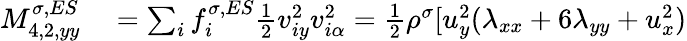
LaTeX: \begin{array}{r}{\begin{array}{rl}{M_{4,2,yy}^{\sigma,ES}}&{{}=\sum_{i}f_{i}^{\sigma,ES}\frac{1}{2}v_{iy}^{2}v_{i\alpha}^{2}=\frac{1}{2}\rho^{\sigma}[u_{y}^{2}(\lambda_{xx}+6\lambda_{yy}+u_{x}^{2})}\end{array}}\end{array}